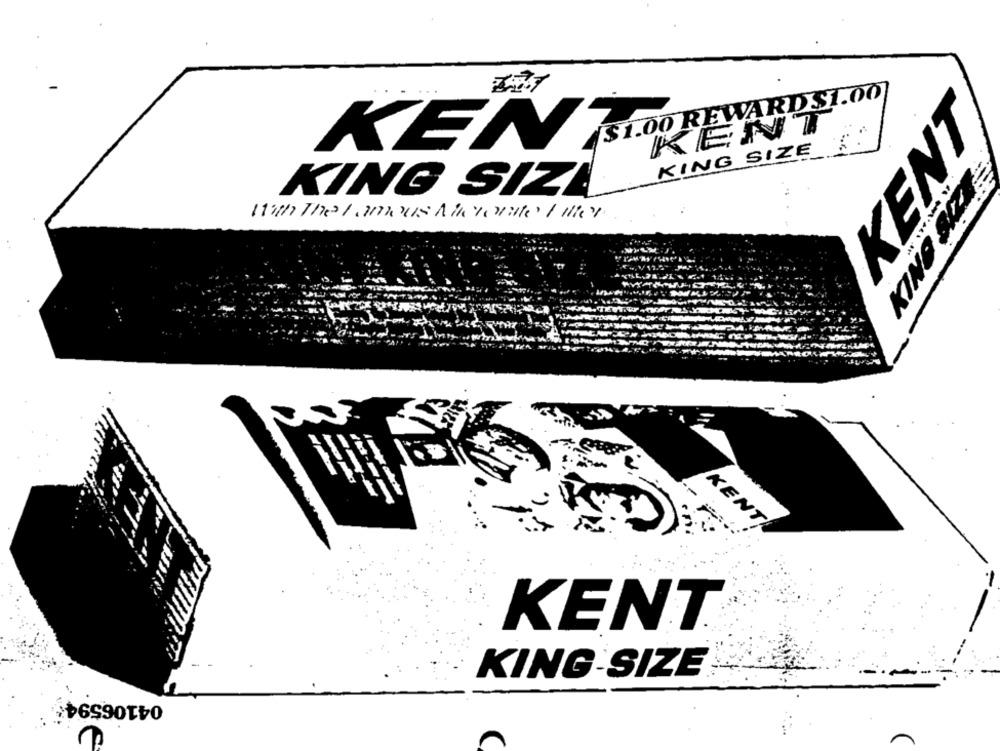
$1.00 REWARD $1.00
KENT
KENT
KING SIZE
KENS
KING SIZE
With The Famous Aletotale Milley
CZAS ONLY
--
KENT
KENT
KING-SIZE
04106594